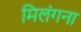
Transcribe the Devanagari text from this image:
मिलंगना